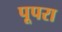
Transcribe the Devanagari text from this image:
पूपरा